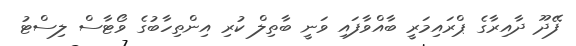
ފޭދޫ ދާއިރާގެ ޕްރައިމަރީ ބާއްވާފައި ވަނީ ބާތިލް ކުރި އިންތިހާބުގެ ވޯޓާސް ލިސްޓު